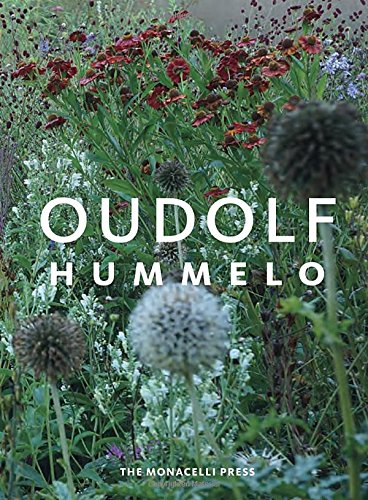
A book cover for Hummelo: A Journey Through a Plantsman's Life; Piet Oudolf; Crafts, Hobbies & Home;